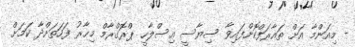
- މިއަންމާ އަށް ތައާރަފްކޮށްފައިވާ ސިޔާސީ އިސްލާހީ ޕްރޮގްރާމް މިހާރު ފަހަތަށްދާ ކަމަށް